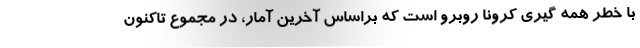
با خطر همه گیری کرونا روبرو است که براساس آخرین آمار، در مجموع تاکنون